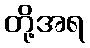
တို့အရ